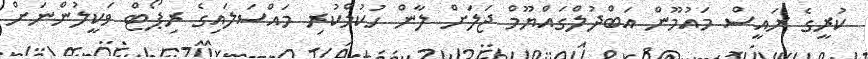
ކުރީގެ ރައީސް މައުމޫން އަބްދުލްގައްޔޫމް ޖަލަށް ލާން ހުކުމްކުރި މައްސަލައިގެ ރިޕޯޓް ވަކީލުންނަށް